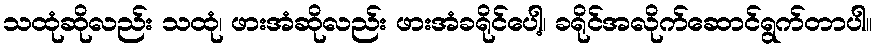
သထုံဆိုလည်း သထုံ၊ ဖားအံဆိုလည်း ဖားအံခရိုင်ပေါ့၊ ခရိုင်အလိုက်ဆောင်ရွက်တာပါ။